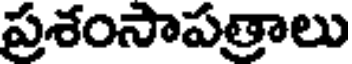
ప్రశంసాపత్రాలు